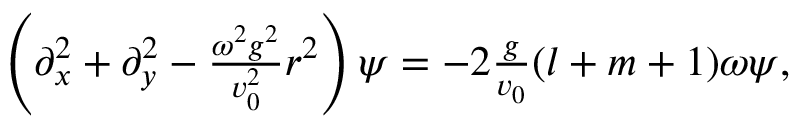
\begin{array} { r } { \left( \partial _ { x } ^ { 2 } + \partial _ { y } ^ { 2 } - \frac { \omega ^ { 2 } g ^ { 2 } } { v _ { 0 } ^ { 2 } } r ^ { 2 } \right) \psi = - 2 \frac { g } { v _ { 0 } } ( l + m + 1 ) \omega \psi , } \end{array}